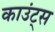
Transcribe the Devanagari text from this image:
काउंट्स